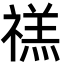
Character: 禚